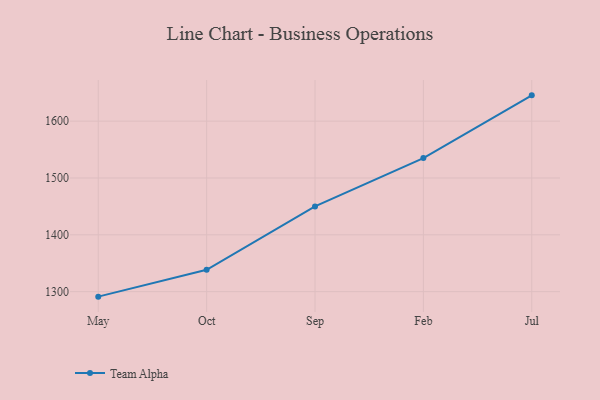
{"axis": {"x": "Month", "y": "Waste Production (Tons)"}, "legend": ["Team Alpha"], "data": [{"x": "May", "y": 1291.2, "type": "Team Alpha"}, {"x": "Oct", "y": 1338.4, "type": "Team Alpha"}, {"x": "Sep", "y": 1450.0, "type": "Team Alpha"}, {"x": "Feb", "y": 1535.1, "type": "Team Alpha"}, {"x": "Jul", "y": 1645.4, "type": "Team Alpha"}]}